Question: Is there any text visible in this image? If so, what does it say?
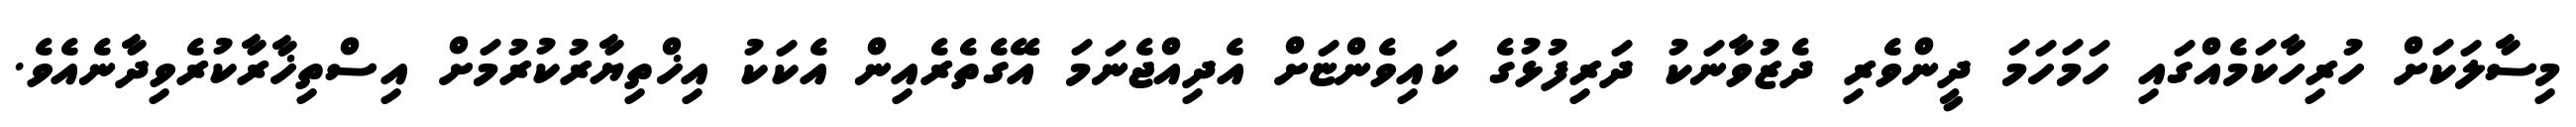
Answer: މިސާލަކަށް ހުރިހާކަމެއްގައި ހަމަހަމަ ދީންވެރި ދެޒުވާނަކު ދަރިފުޅުގެ ކައިވެންޏަށް އެދިއްޖެނަމަ އޭގެތެރެއިން އެކަކު އިޚްތިޔާރުކުރުމަށް އިސްތިޚާރާކުރެވިދާނެއެވެ.